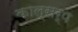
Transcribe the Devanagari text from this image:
काल्सर्प